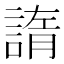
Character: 𧩭